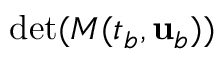
\operatorname* { d e t } ( M ( t _ { b } , { \mathbf { u } } _ { b } ) )